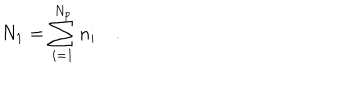
N _ { 1 } = \sum _ { i = 1 } ^ { N _ { p } } n _ { i } \quad .